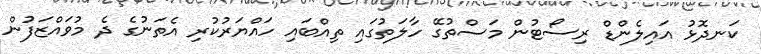
ކަނދޮޅު އައިލެންޑް ރިސޯޓުން މަސްތުގޭ ހާލަތުގައި ތިއްބައި ހައްޔަރުކުރި އެތަނުގެ ދެ މުވައްޒަފުން